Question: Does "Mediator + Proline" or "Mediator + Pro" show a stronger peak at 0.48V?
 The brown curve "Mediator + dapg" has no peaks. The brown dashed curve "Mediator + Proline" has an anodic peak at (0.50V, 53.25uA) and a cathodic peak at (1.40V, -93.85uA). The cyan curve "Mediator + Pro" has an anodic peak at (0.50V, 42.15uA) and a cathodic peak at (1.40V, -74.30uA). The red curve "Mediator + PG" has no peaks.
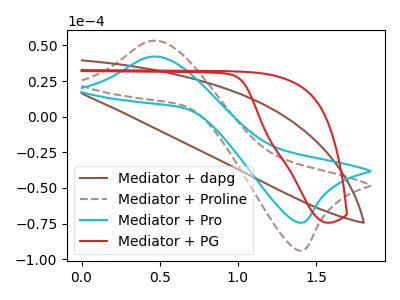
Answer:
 <answer>The peak at 0.48V is higher in "Mediator + Proline" than in "Mediator + Pro".</answer>
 <eval>higher</eval>